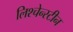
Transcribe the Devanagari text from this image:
लिश्चेन्स्टीन